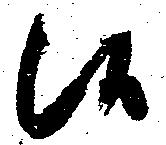
候